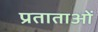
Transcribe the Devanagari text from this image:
प्रताताओं